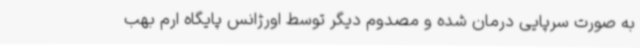
به صورت سرپایی درمان شده و مصدوم دیگر توسط اورژانس پایگاه ارم بهب